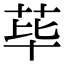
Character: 荜